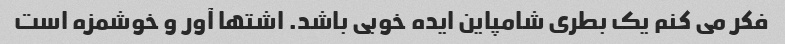
فکر می کنم یک بطری شامپاین ایده خوبی باشد. اشتها آور و خوشمزه است